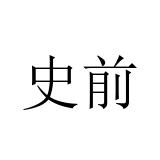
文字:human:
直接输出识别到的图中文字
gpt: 史前